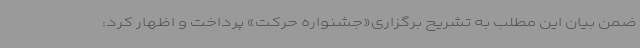
ضمن بیان این مطلب به تشریح برگزاری«جشنواره حرکت» پرداخت و اظهار کرد: